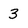
Character: 3